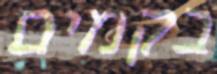
בקמים